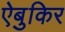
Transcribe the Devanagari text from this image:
ऐबुकिर